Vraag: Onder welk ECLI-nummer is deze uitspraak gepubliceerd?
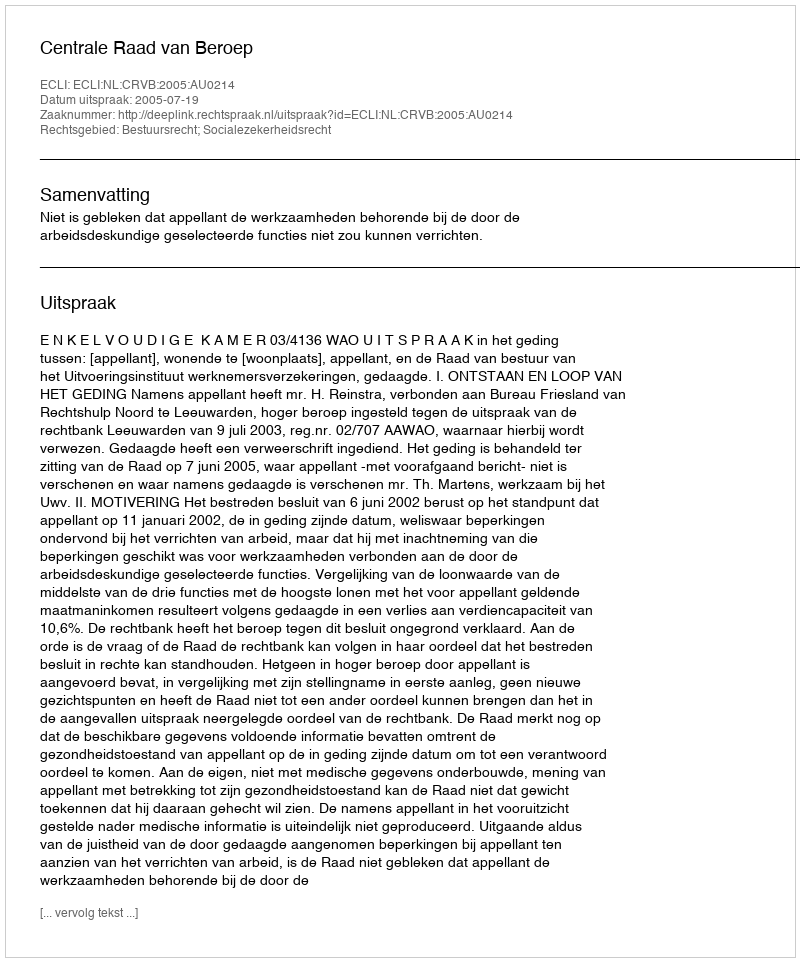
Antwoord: ECLI:NL:CRVB:2005:AU0214